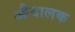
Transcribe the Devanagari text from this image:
औदालक